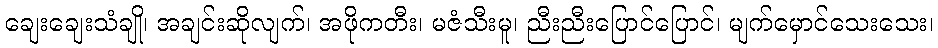
ချေးချေးသံချို၊ အချင်းဆိုလျက်၊ အဖိုကတီး၊ မဇံသီးမူ၊ ညီးညီးပြောင်ပြောင်၊ မျက်မှောင်သေးသေး၊